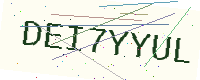
Text: DEI7YYUL